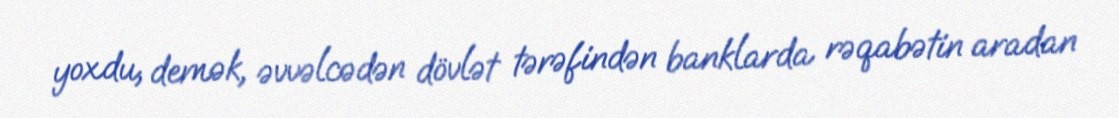
yoxdu, demək, əvvəlcədən dövlət tərəfindən banklarda rəqabətin aradan